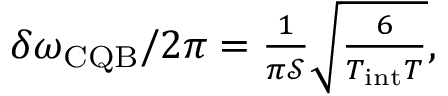
\begin{array} { r } { \delta \omega _ { \mathrm { C Q B } } / 2 \pi = \frac { 1 } { \pi \mathcal { S } } \sqrt { \frac { 6 } { T _ { \mathrm { i n t } } T } } , } \end{array}